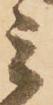
ミ